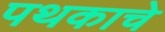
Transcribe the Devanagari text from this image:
पथकाचेे